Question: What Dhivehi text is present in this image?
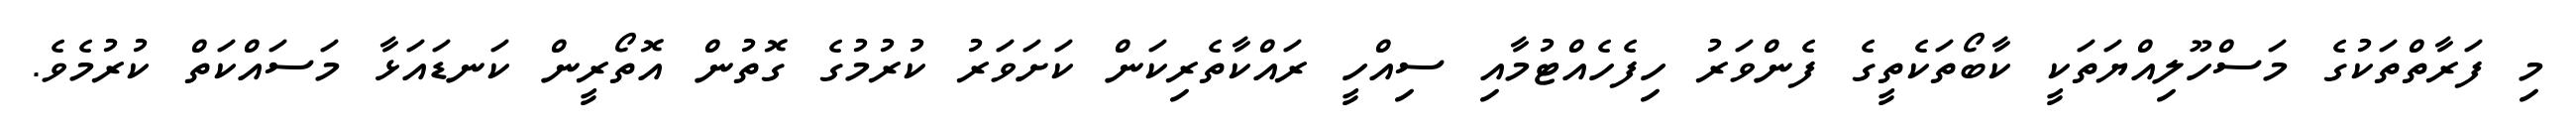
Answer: މި ފަރާތްތަކުގެ މަސްހޫލިއްޔަތަކީ ކާބޯތަކެތީގެ ފެންވަރު ހިފެހެއްޓުމާއި ސިއްހީ ރައްކާތެރިކަން ކަށަވަރު ކުރުމުގެ ގޮތުން އޮތޯރީން ކަނޑައަޅާ މަސައްކަތް ކުރުމެވެ.